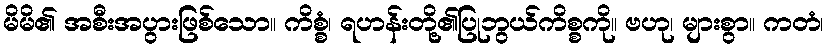
မိမိ၏ အစီးအပွားဖြစ်သော။ ကိစ္စံ၊ ရဟန်းတို့၏ပြုဘွယ်ကိစ္စကို။ ဗဟု၊ များစွာ။ ကတံ၊